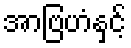
အာဗြဟံနှင့်